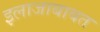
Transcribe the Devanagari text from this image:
इलाजाबाबत